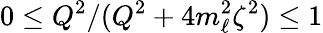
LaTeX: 0\leq Q^{2}/(Q^{2}+4m_{\ell}^{2}\zeta^{2})\leq 1